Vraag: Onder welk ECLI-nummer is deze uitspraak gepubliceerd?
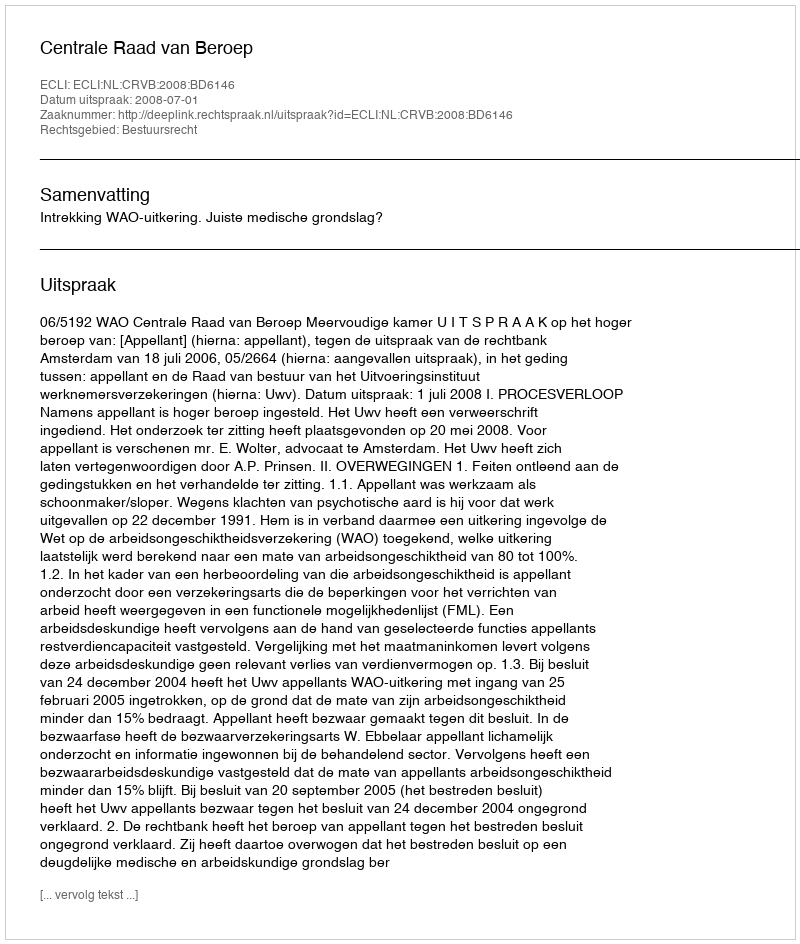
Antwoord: ECLI:NL:CRVB:2008:BD6146